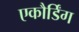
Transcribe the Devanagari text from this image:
एकौर्डिंग